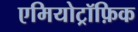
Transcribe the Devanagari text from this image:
एमियोट्रॉफ़िक